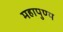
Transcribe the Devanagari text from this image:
महापुण्य